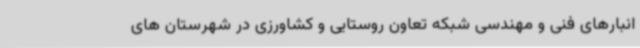
انبارهای فنی و مهندسی شبکه تعاون روستایی و کشاورزی در شهرستان های